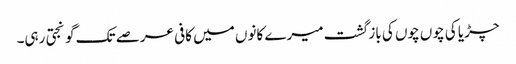
چڑیا کی چوں چوں کی باز گشت میرے کانوں میں کافی عرصے تک گونجتی رہی۔